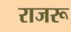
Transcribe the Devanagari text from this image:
राजरू